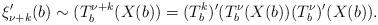
LaTeX: \begin{align*} \xi_{\nu+k}'(b) \sim (T_b^{\nu+k}(X(b)) = (T_b^k)'(T_b^{\nu}(X(b)) (T_b^{\nu})'(X(b)). \end{align*}